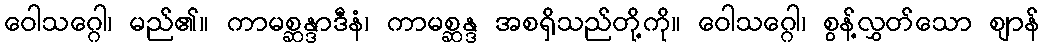
ဝေါသဂ္ဂေါ၊ မည်၏။ ကာမစ္ဆန္ဒာဒီနံ၊ ကာမစ္ဆန္ဒ အစရှိသည်တို့ကို။ ဝေါသဂ္ဂေါ၊ စွန့်လွှတ်သော ဈာန်